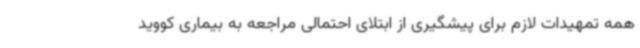
همه تمهیدات لازم برای پیشگیری از ابتلای احتمالی مراجعه به بیماری کووید